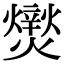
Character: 㸉